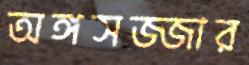
অঙ্গসজ্জার